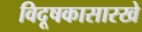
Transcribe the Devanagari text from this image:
विदूषकासारखे